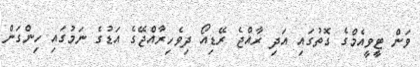
ވަން ޓީވީއެމްގެ ގޮތުގައި އަދި ރާއްޖެ ރޭޑިއޯ ދިވެހިރާއްޖޭގެ އަޑުގެ ނަމުގައި ހިންގަން